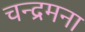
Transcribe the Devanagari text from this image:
चन्द्रमना